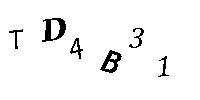
TD4B31